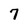
Character: 7